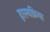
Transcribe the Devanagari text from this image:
हास्यक्रिया